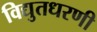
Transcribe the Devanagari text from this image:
विद्युतधरणी